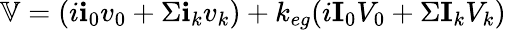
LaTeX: \mathbb{V}=(i\textbf{i}_{0}v_{0}+\Sigma\textbf{i}_{k}v_{k})+k_{eg}(i\textbf{I}_{0}V_{0}+\Sigma\textbf{I}_{k}V_{k})